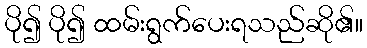
ပို၍ ပို၍ ထမ်းရွက်ပေးရသည်ဆို၏။